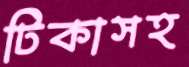
টিকাসহ